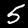
Digit: 5